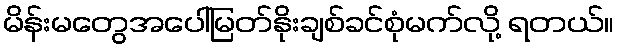
မိန်းမတွေအပေါ်မြတ်နိုးချစ်ခင်စုံမက်လို့ ရတယ်။